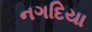
નગદિયા